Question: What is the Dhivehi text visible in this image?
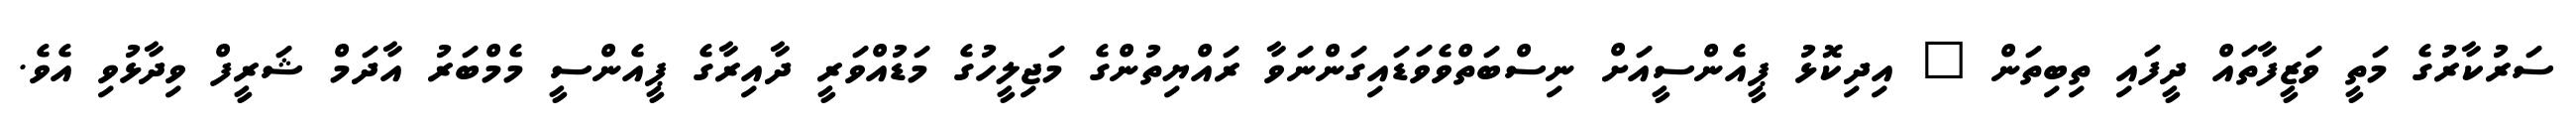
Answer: ސަރުކާރުގެ މަތީ ވަޒީފާތައް ދީފައި ތިބިތަން " އިދިކޮޅު ޕީއެންސީއަށް ނިސްބަތްވެވަޑައިގަންނަވާ ރައްޔިތުންގެ މަޖިލީހުގެ މަޑުއްވަރީ ދާއިރާގެ ޕީއެންސީ މެމްބަރު އާދަމް ޝަރީފް ވިދާޅުވި އެވެ.